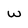
Character: W